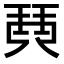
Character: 𤦡